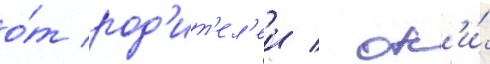
о́т род'ит'ел'еи / он'и́